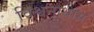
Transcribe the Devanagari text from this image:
विश्वनाथास